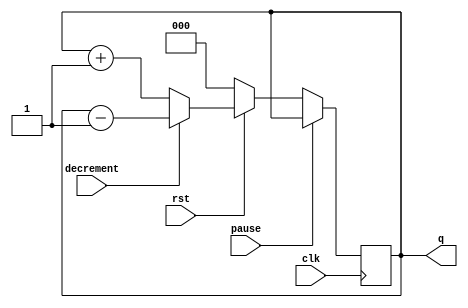
`timescale 1ns / 1ps
//////////////////////////////////////////////////////////////////////////////////
// Company: 
// Engineer: 
// 
// Design Name: 
// Module Name:    vcount 
// Project Name: 
// Target Devices: 
// Tool versions: 
// Description: 
//
// Dependencies: 
//
// Revision: 
// Revision 0.01 - File Created
// Additional Comments: 
//
//////////////////////////////////////////////////////////////////////////////////
module vcount(
    input clk,
	 //3 bit number
    input rst,
    input pause,decrement,
	 output reg [2:0] q
    );

always@(posedge clk)
begin 
	if(pause)
		q<=q;
	else if(!rst)
		q <= 3'b000;
	else if(!decrement)
		q <= q + 1'b1;
	else
		q <= q - 1'b1;
end
	  
endmodule